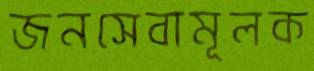
জনসেবামূলক